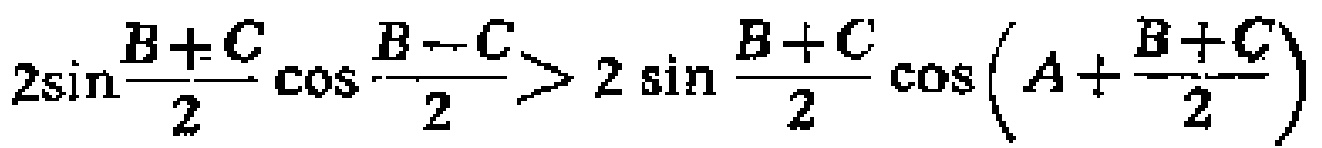
$2\sin\frac{B + C}{2}\cos\frac{B - C}{2}>2\sin\frac{B + C}{2}\cos\left(A+\frac{B + C}{2}\right)$